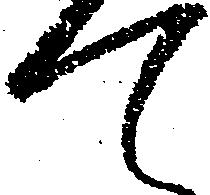
て